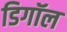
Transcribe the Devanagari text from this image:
डिगॉल